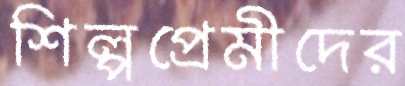
শিল্পপ্রেমীদের